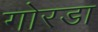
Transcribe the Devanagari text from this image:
गोरडा